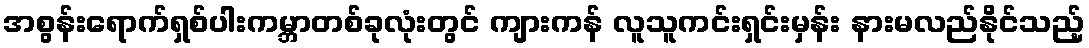
အစွန်းရောက်ရှစ်ပါးကမ္ဘာတစ်ခုလုံးတွင် ကျားကန် လူသူကင်းရှင်းမှန်း နားမလည်နိုင်သည့်